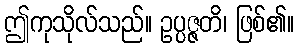
ဤကုသိုလ်သည်။ ဥပ္ပဇ္ဇတိ၊ ဖြစ်၏။